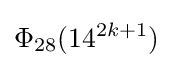
\Phi _{28}(14^{2k+1})